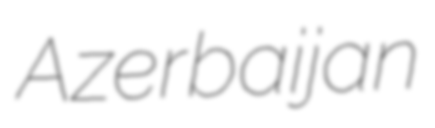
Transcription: Azerbaijan